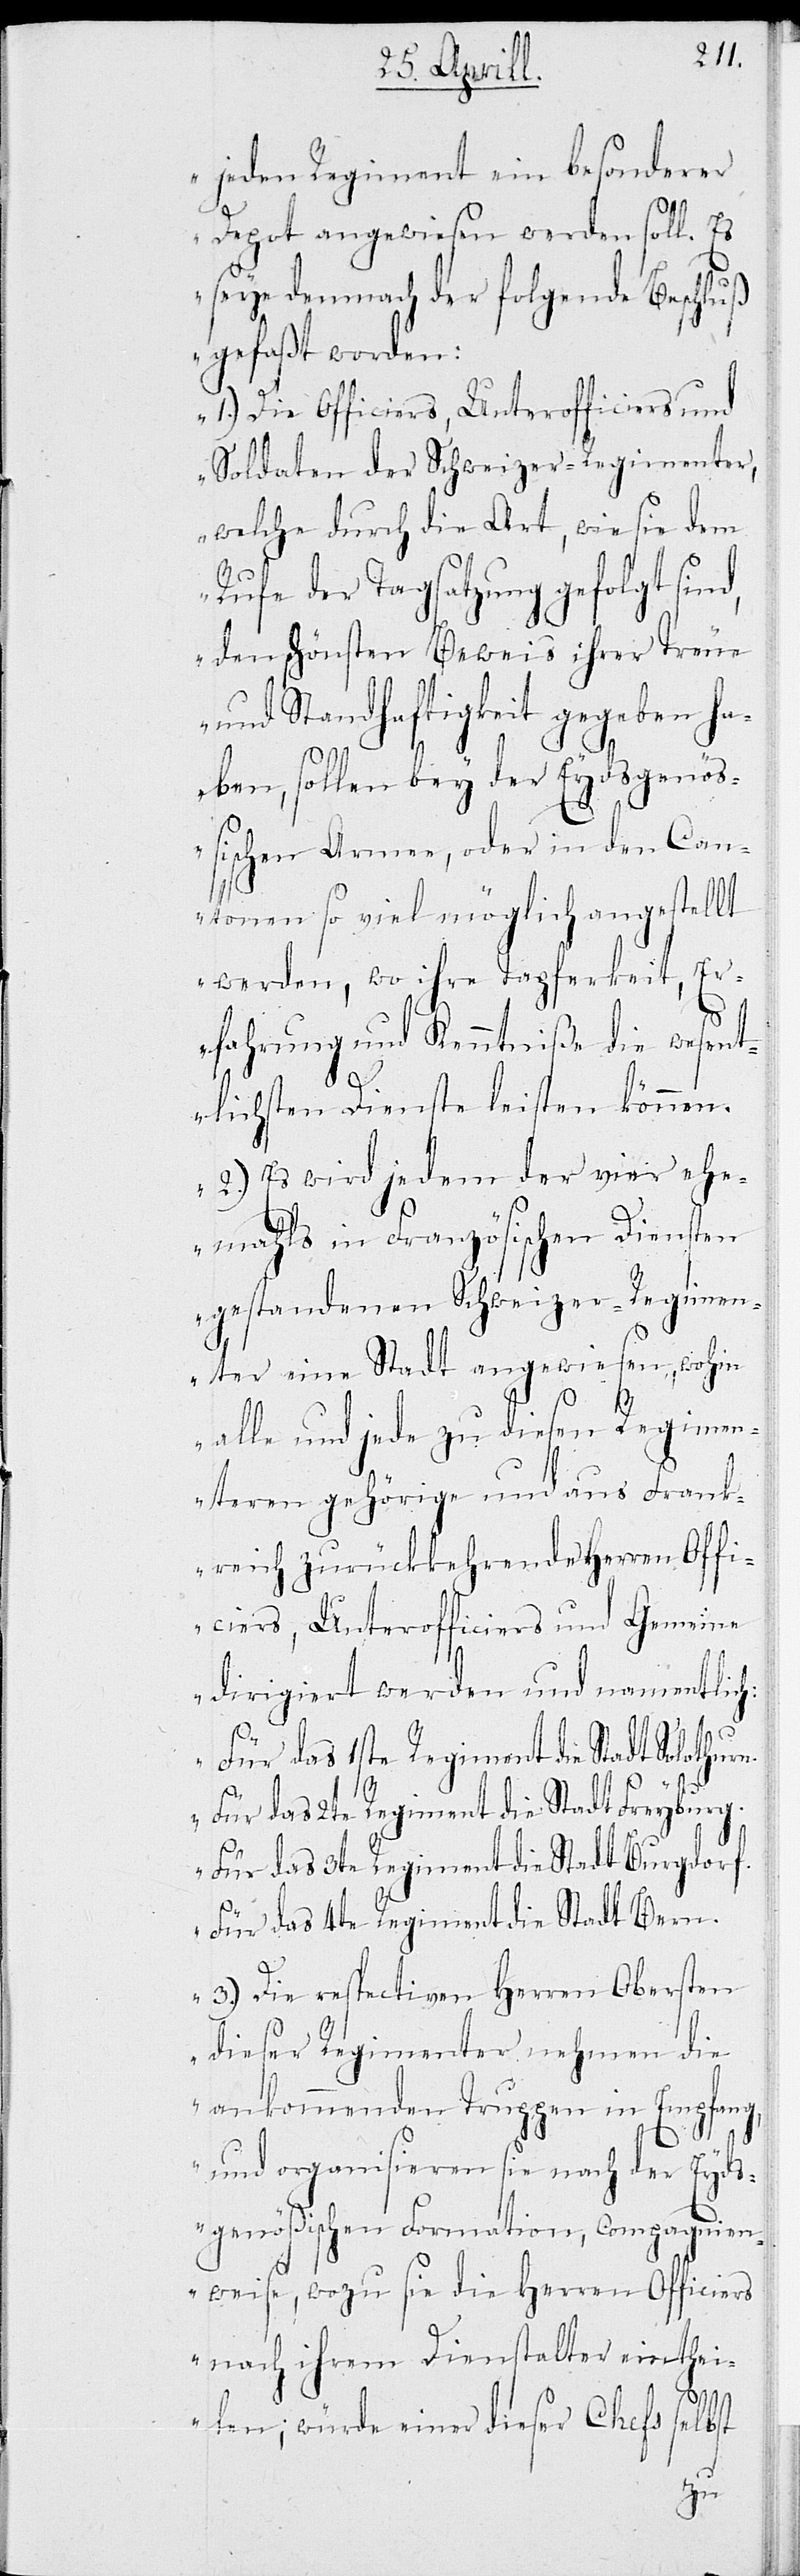
jedem Regiment ein besonderer
Depot angewiesen werden soll. Es
sey demnach der folgende Beschluß
gefaßt worden:
1.) Die Officiers, Unterofficiers und
Soldaten der Schweizer-Regimenter,
welche durch die Art, wie sie dem
Rufe der Tagsatzung gefolgt sind,
den schönsten Beweis ihrer Treue
und Standhaftigkeit gegeben ha¬
ben, sollen bey der Eydsgenöß¬
ischen Armee, oder in den Can¬
tonen so viel möglich angestellt
werden, wo ihre Tapferkeit, Er¬
fahrung und Kenntniße die wesent¬
lichsten Dienste leisten können.
2.) Es wird jedem der vier ehe¬
mals in Französischen Diensten
gestandenen Schweizer-Regimen¬
ter eine Stadt angewiesen, wohin
alle und jede zu diesen Regimen¬
teren gehörige und aus Frank¬
reich zurückkehrenden Offi¬
ciers, Unterofficiers und Gemeine
dirigiert werden und namentlich:
Für das 1ste Regiment die Stadt Solothur¬
Für das 2te Regiment die Stadt Freyburg.
Für das 3te Regiment die Stadt Burgdorf.
Für das 4te Regiment die Stadt Bern.
3.) Die respectiven Herren Obersten
dieser Regimenter nehmen die
ankommenden Truppen in Empfang,
n.
und organisieren sie nach der Eyds¬
genößischen Formation, Compagnien¬
weise, wozu sie die Herren Officiers
nach ihrem Dienstalter einthei¬
len; würde einer dieser Chefs selbst